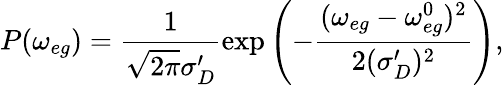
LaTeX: P(\omega_{eg})=\frac{1}{\sqrt{2\pi}\sigma_{D}^{\prime}}\exp\left(-\frac{(\omega_{eg}-\omega_{eg}^{0})^{2}}{2(\sigma_{D}^{\prime})^{2}}\right),